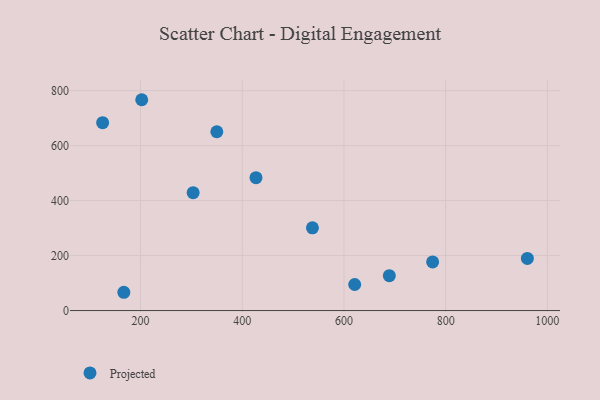
{"axis": {"x": "Speed", "y": "Profit"}, "legend": ["Projected"], "data": [{"x": "350.0", "y": 650.4, "type": "Projected"}, {"x": "303.4", "y": 428.8, "type": "Projected"}, {"x": "774.4", "y": 177.0, "type": "Projected"}, {"x": "689.2", "y": 127.0, "type": "Projected"}, {"x": "621.1", "y": 94.8, "type": "Projected"}, {"x": "125.4", "y": 683.4, "type": "Projected"}, {"x": "167.1", "y": 66.5, "type": "Projected"}, {"x": "202.3", "y": 766.9, "type": "Projected"}, {"x": "427.0", "y": 483.4, "type": "Projected"}, {"x": "960.7", "y": 189.5, "type": "Projected"}, {"x": "538.0", "y": 301.0, "type": "Projected"}]}